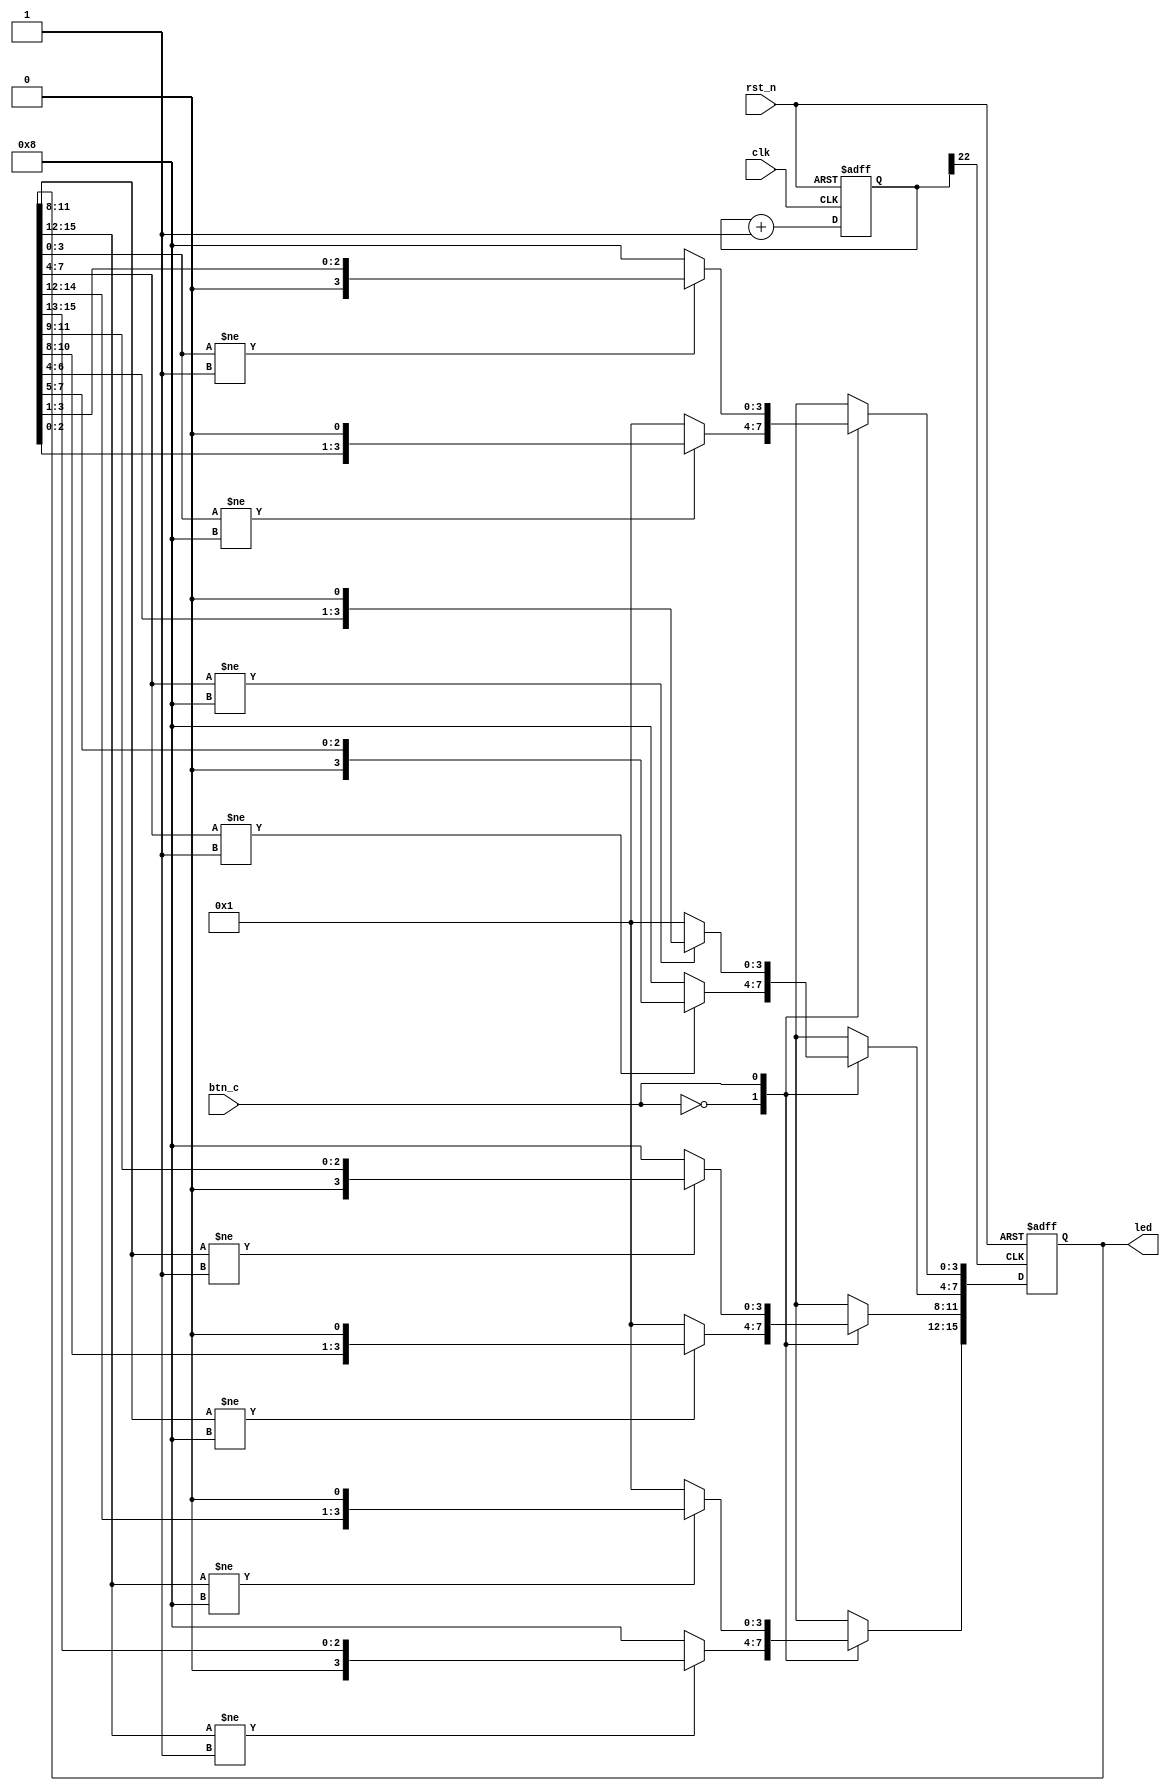
`timescale 1ps / 1ps
//////////////////////////////////////////////////////////////////////////////////
// Company: NCHU EE Lab716
// Engineer:
//
// Module Name: flash_led_top
// Project Name:
// Target Devices:
// Versions: 1.0
// Tool Versions: Vivado 2018.2
//////////////////////////////////////////////////////////////////////////////////

//====== module ======
module flash_led_top( clk, rst_n, btn_c, led);

//====== I/O Declared====== 
input clk;
input rst_n;
input btn_c;
output [15:0]led;

//====== Register ======
reg [15:0] led;
reg [24:0] count;

//====== Wire ======
wire d_clk;

//====== frequency division ======
always@(posedge clk or negedge rst_n) 
begin
    if(!rst_n)
        count <= 1'b0;
    else
        count <= count + 1'b1;
end

assign d_clk = count[22];

//====== LED light control ======
always@(posedge d_clk or negedge rst_n) 
begin
    if(!rst_n)
        led <= 16'b1000_0001_1000_0001;
    else begin
        case(btn_c)
            0 : begin
                    if(led[3:0] != 4'b1000)
                        begin
                            led[3:0] <= led[3:0] << 1;
                        end
                    else 
                        begin
                            led[3:0] <= 4'b0001;
                        end

                    if(led[7:4] != 4'b0001)
                        begin
                            led[7:4] <= led[7:4] >> 1;
                        end
                    else 
                        begin
                            led[7:4] <= 4'b1000;
                        end

                    if(led[11:8] != 4'b1000)
                        begin
                            led[11:8] <= led[11:8] << 1;
                        end
                    else 
                        begin
                            led[11:8] <= 4'b0001;
                        end

                    if(led[15:12] != 4'b0001)
                        begin
                            led[15:12] <= led[15:12] >> 1;
                        end
                    else 
                        begin
                            led[15:12] <= 4'b1000;
                        end
                end
            1 : begin
                    if(led[3:0] != 4'b0001)
                        begin
                            led[3:0] <= led[3:0] >> 1;
                        end
                    else 
                        begin
                            led[3:0] <= 4'b1000;
                        end

                    if(led[7:4] != 4'b1000)
                        begin
                            led[7:4] <= led[7:4] << 1;
                        end
                    else 
                        begin
                            led[7:4] <= 4'b0001;
                        end

                    if(led[11:8] != 4'b0001)
                        begin
                            led[11:8] <= led[11:8] >> 1;
                        end
                    else 
                        begin
                            led[11:8] <= 4'b1000;
                        end

                    if(led[15:12] != 4'b1000)
                        begin
                            led[15:12] <= led[15:12] << 1;
                        end
                    else 
                        begin
                            led[15:12] <= 4'b0001;
                        end
                end
        endcase
    end
end

//====== end module ======
endmodule